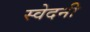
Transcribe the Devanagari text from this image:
स्वेदनी